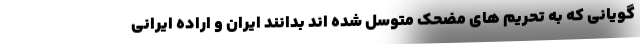
گویانی که به تحریم های مضحک متوسل شده اند بدانند ایران و اراده ایرانی